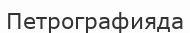
Петрографияда